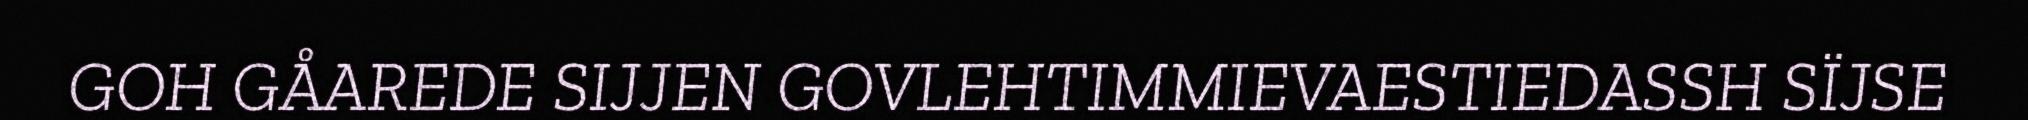
GOH GÅAREDE SIJJEN GOVLEHTIMMIEVAESTIEDASSH SÏJSE